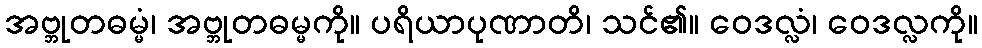
အဗ္ဘုတဓမ္မံ၊ အဗ္ဘုတဓမ္မကို။ ပရိယာပုဏာတိ၊ သင်၏။ ဝေဒလ္လံ၊ ဝေဒလ္လကို။